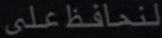
لتحافظعلى